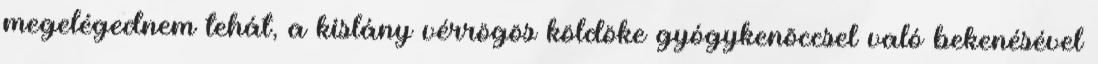
megelégednem tehát, a kislány vérrögös köldöke gyógykenõccsel való bekenésével